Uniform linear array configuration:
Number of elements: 48
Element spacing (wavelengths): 0.5
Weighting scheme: uniform
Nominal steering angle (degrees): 30
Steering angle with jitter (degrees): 28.337
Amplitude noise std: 0.05
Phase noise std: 0.05

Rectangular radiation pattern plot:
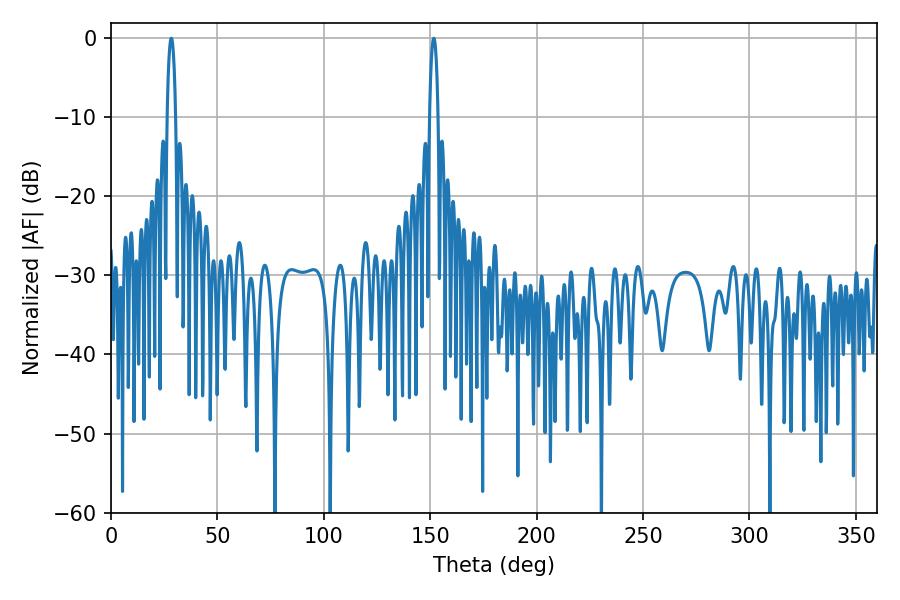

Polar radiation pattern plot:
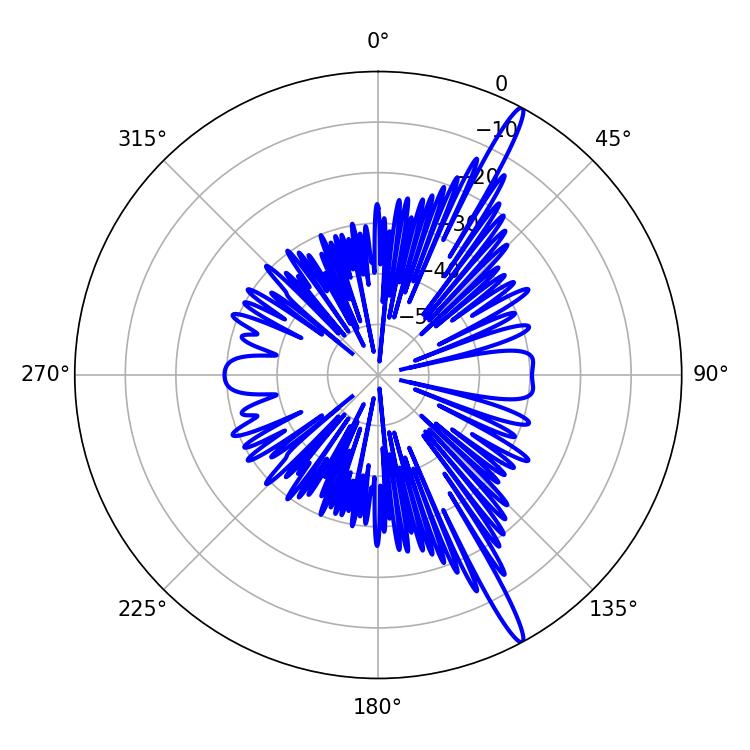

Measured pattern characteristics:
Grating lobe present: FALSE
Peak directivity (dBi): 16.517
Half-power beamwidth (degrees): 2.34
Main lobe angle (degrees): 151.74